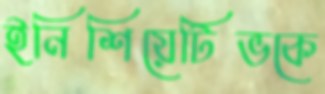
ইনিশিয়েটিভকে